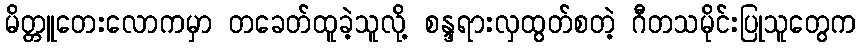
မိတ္တူတေးလောကမှာ တခေတ်ထူခဲ့သူလို့ စန္ဒရားလှထွတ်စတဲ့ ဂီတသမိုင်းပြုသူတွေက